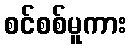
စင်စစ်မူကား